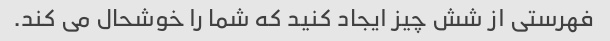
فهرستی از شش چیز ایجاد کنید که شما را خوشحال می کند.